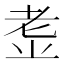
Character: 𱻩